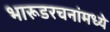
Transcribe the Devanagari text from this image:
भारूडरचनांमध्ये